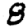
Digit: 8